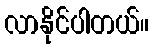
လာနိုင်ပါတယ်။